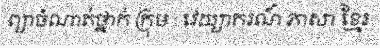
ព្យាចំណាត់ថ្នាក់ ក្រុម : វេយ្យាករណ៍ ភាសា ខ្មែរ